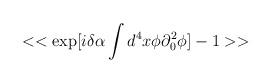
LaTeX: \begin{align*}<<\exp [i\delta \alpha \int d^{4}x\phi \partial ^{2}_{0}\phi ]-1>>\end{align*}